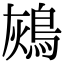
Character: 𪀬